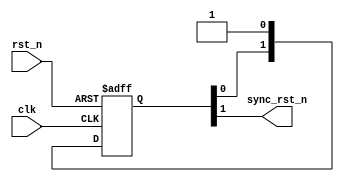
module uv_rst_sync
#(
    parameter SYNC_STAGE = 2
)
(
    input                   clk,
    input                   rst_n,
    output                  sync_rst_n
);

    localparam UDLY = 1;

    reg  [SYNC_STAGE-1:0]   sync_n_r;

    always @(posedge clk or negedge rst_n) begin
        if (~rst_n) begin
            sync_n_r <= {SYNC_STAGE{1'b0}};
        end
        else begin
            sync_n_r <= {sync_n_r[SYNC_STAGE-2:0], 1'b1};
        end
    end

    assign sync_rst_n = sync_n_r[SYNC_STAGE-1];

endmodule